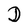
Character: D